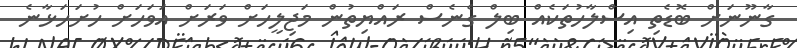
ގާނޫނަށް ބޮޑެތި އިސްލާހުތަކެއް ބިލް ގެނެސް ރައްޔިތުން މަޖިލީހަށް ވަރަށް އަވަހަށް ހުށަހަޅާނެ